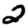
Digit: 2